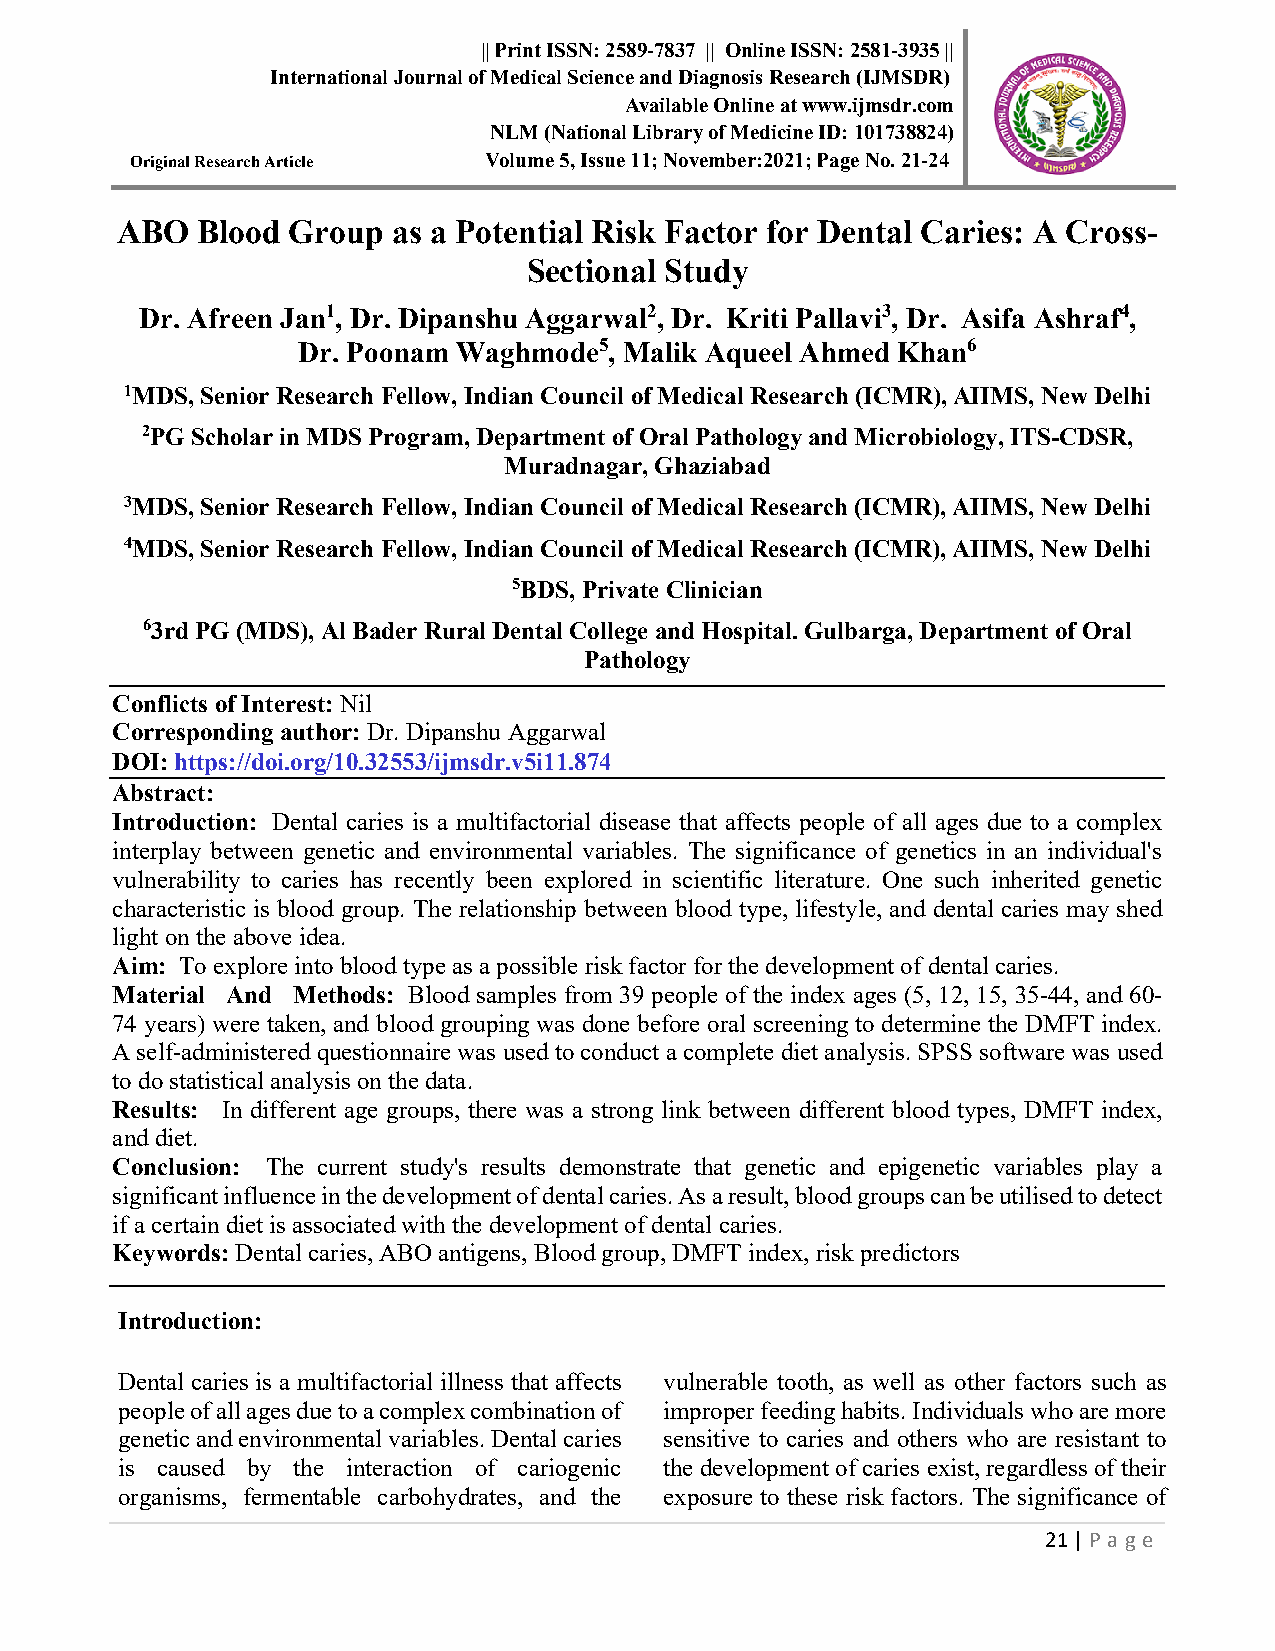
|| Print ISSN: 2589-7837 || Online ISSN: 2581-3935 ||
 International Journal of Medical Science and Diagnosis Research (IJMSDR)
 Available Online at www.ijmsdr.com
 NLM (National Library of Medicine ID: 101738824)
 O r i g i n a l R e s e a r c h A r t i c l e Volume 5, Issue 11; November:2021; Page No. 21-24
 ABO  Blood Group  as a Potential Risk Factor for Dental Caries: A Cross-
 Sectional Study
 Dr. Afreen Jan1, Dr. Dipanshu Aggarwal2, Dr. Kriti Pallavi3, Dr. Asifa Ashraf4,
 Dr. Poonam Waghmode5, Malik Aqueel Ahmed Khan6
 1MDS, Senior Research Fellow, Indian Council of Medical Research (ICMR), AIIMS, New Delhi
 2PG Scholar in MDS Program, Department of Oral Pathology and Microbiology, ITS-CDSR,
 Muradnagar, Ghaziabad
 3MDS, Senior Research Fellow, Indian Council of Medical Research (ICMR), AIIMS, New Delhi
 4MDS, Senior Research Fellow, Indian Council of Medical Research (ICMR), AIIMS, New Delhi
 5BDS, Private Clinician
 63rd PG (MDS), Al Bader Rural Dental College and Hospital. Gulbarga, Department of Oral
 Pathology
 Conflicts of Interest: Nil
 Corresponding author: Dr. Dipanshu Aggarwal
 DOI: https://doi.org/10.32553/ijmsdr.v5i11.874
 Abstract:
 Introduction: Dental caries is a multifactorial disease that affects people of all ages due to a complex
 interplay between genetic and environmental variables. The significance of genetics in an individual's
 vulnerability to caries has recently been explored in scientific literature. One such inherited genetic
 characteristic is blood group. The relationship between blood type, lifestyle, and dental caries may shed
 light on the above idea.
 Aim: To explore into blood type as a possible risk factor for the development of dental caries.
 Material And Methods: Blood samples from 39 people of the index ages (5, 12, 15, 35-44, and 60-
 74 years) were taken, and blood grouping was done before oral screening to determine the DMFT index.
 A self-administered questionnaire was used to conduct a complete diet analysis. SPSS software was used
 to do statistical analysis on the data.
 Results: In different age groups, there was a strong link between different blood types, DMFT index,
 and diet.
 Conclusion: The current study's results demonstrate that genetic and epigenetic variables play a
 significant influence in the development of dental caries. As a result, blood groups can be utilised to detect
 if a certain diet is associated with the development of dental caries.
 Keywords: Dental caries, ABO antigens, Blood group, DMFT index, risk predictors
 Introduction:
 Dental caries is a multifactorial illness that affects vulnerable tooth, as well as other factors such as
 people of all ages due to a complex combination of improper feeding habits. Individuals who are more
 genetic and environmental variables. Dental caries sensitive to caries and others who are resistant to
 is caused by the interaction of cariogenic the development of caries exist, regardless of their
 organisms, fermentable carbohydrates, and the exposure to these risk factors. The significance of
 21 | Page